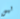
ليس